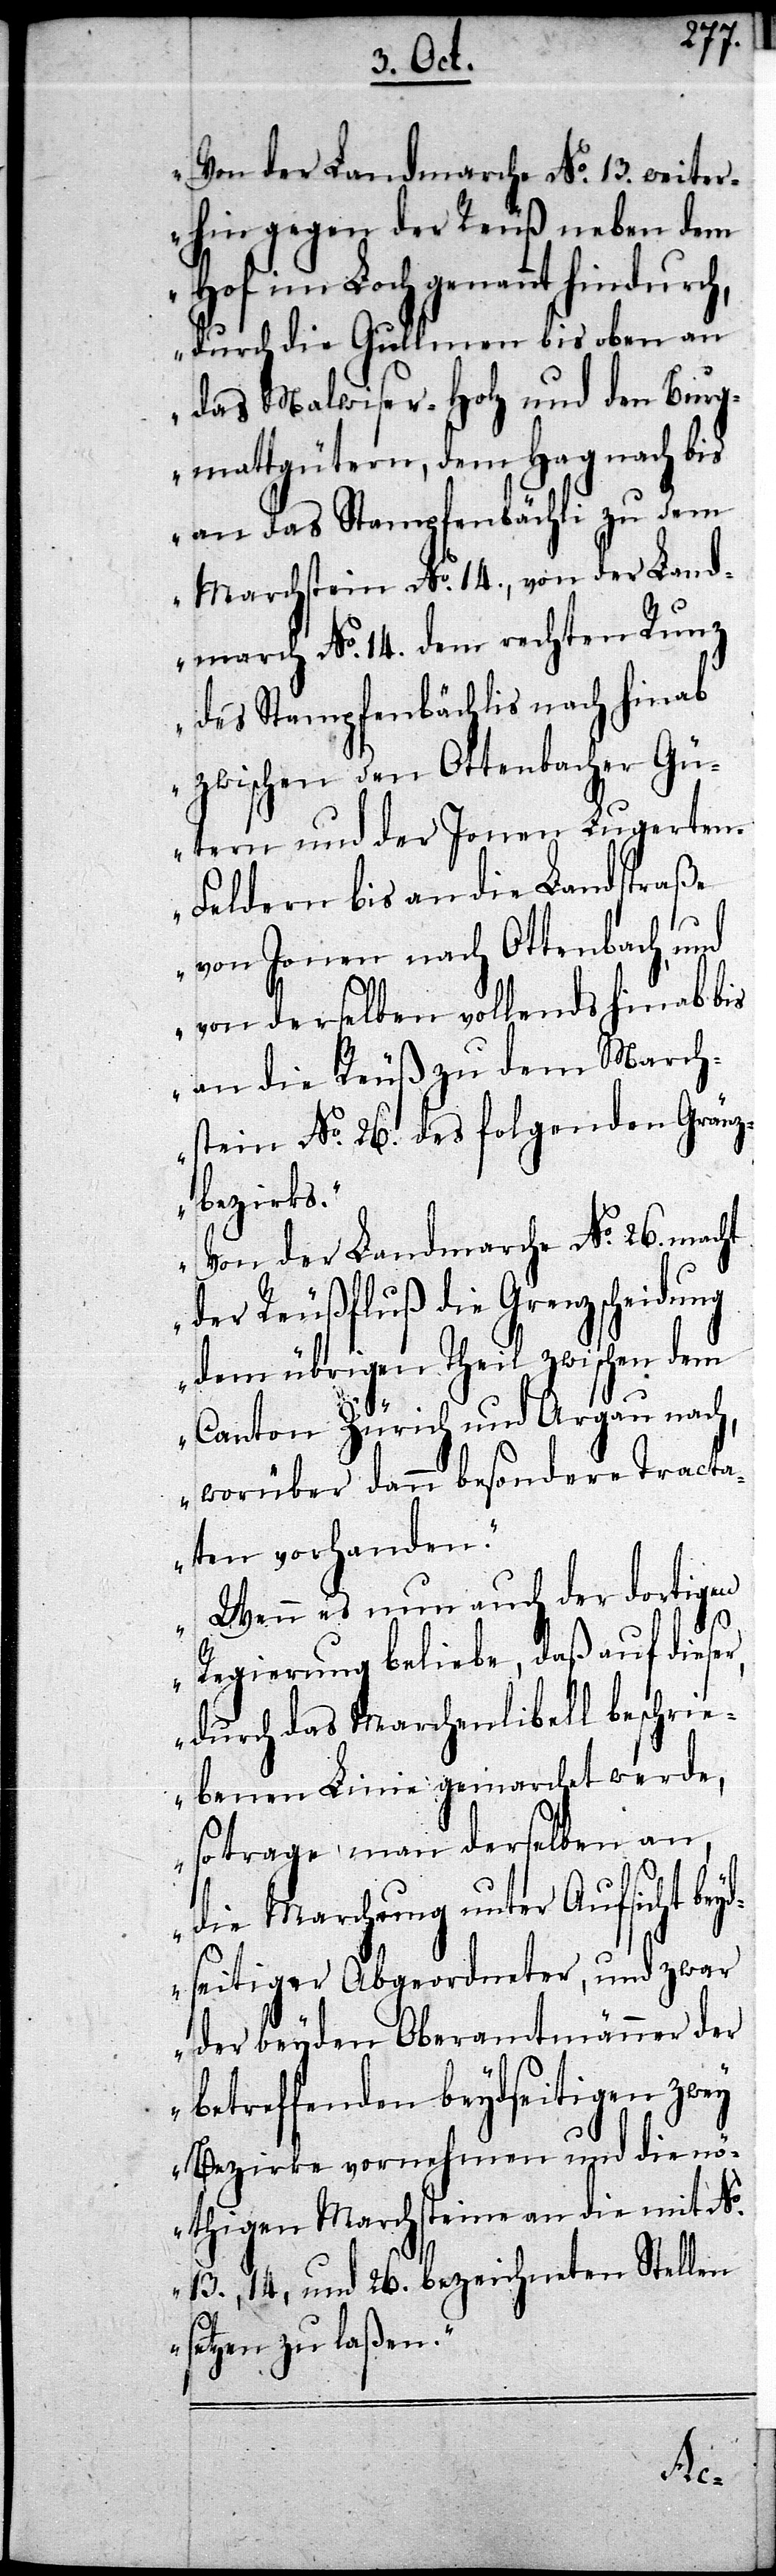
Von der Landmarche No. 13. weiter¬
hin gegen der Reuß neben dem
Hof im Loch genannt hindur¬
durch die Gullmen bis oben an
das Malwiser-Holz und den Burg¬
mattgütern, dem Hag nach bis
an das Stampfenbächli zu dem
Marchstein No. 14., von der Land¬
march No. 14. dem rechten Runz
des Stampfenbächlis nach hinab
zwischen den Ottenbacher Gü¬
tern und der Jonen Lugerte¬
n-Feldern bis an die Landstraße
von Jonen nach Ottenbach, und
von derselben vollends hinab bis
an die Reuß zu dem March¬
stein No. 26. des folgenden Gränz¬
bezirks.
Von der Landmarche No. 26. macht
der Reußfluß die Grenzscheidung
dem übrigen Theil zwischen dem
Canton Zürich und Argau nach,
worüber dann besondere Tracta¬
ten vorhanden.
Wenn es nun auch der dortigen
Regierung beliebe, daß auf dieser,
durch das Marchenlibell beschrie¬
benen Linie gemarchet werde,
so trage man derselben an,
die Marchung unter Aufsicht bey¬
dseitiger Abgeordneter, und zwar
der beyden Oberamtmänner der
betreffenden beydseitigen zwey
Bezirke vornehmen und die nö¬
thigen Marchsteine an die mit No.
13., 14, und 26. bezeichneten Stellen
setzen zu laßen.
ch,